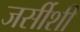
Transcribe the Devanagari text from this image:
जर्सीशी